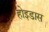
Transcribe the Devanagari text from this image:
होइडास